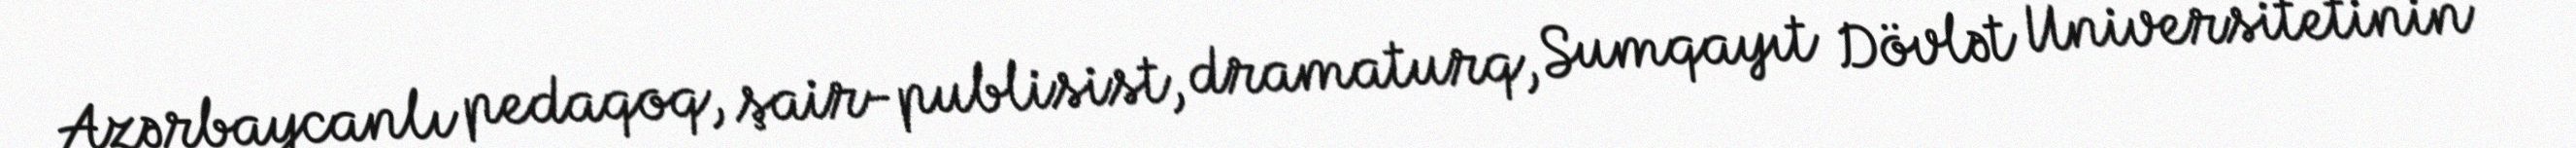
Azərbaycanlı pedaqoq, şair-publisist, dramaturq, Sumqayıt Dövlət Universitetinin